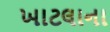
ખાટલાના